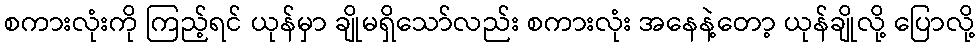
စကားလုံးကို ကြည့်ရင် ယုန်မှာ ချိုမရှိသော်လည်း စကားလုံး အနေနဲ့တော့ ယုန်ချိုလို့ ပြောလို့